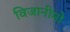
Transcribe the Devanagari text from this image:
विजानीमो